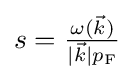
{\textstyle s={\frac {\omega ({\vec {k}})}{|{\vec {k}}|p_{\rm {F}}}}}